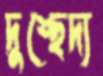
দুশ্ছেদ্য